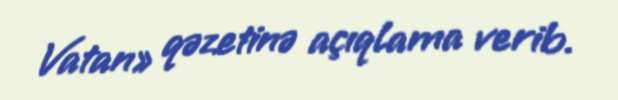
Vatan» qəzetinə açıqlama verib.